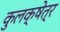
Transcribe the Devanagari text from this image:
कुलक्षेत्र